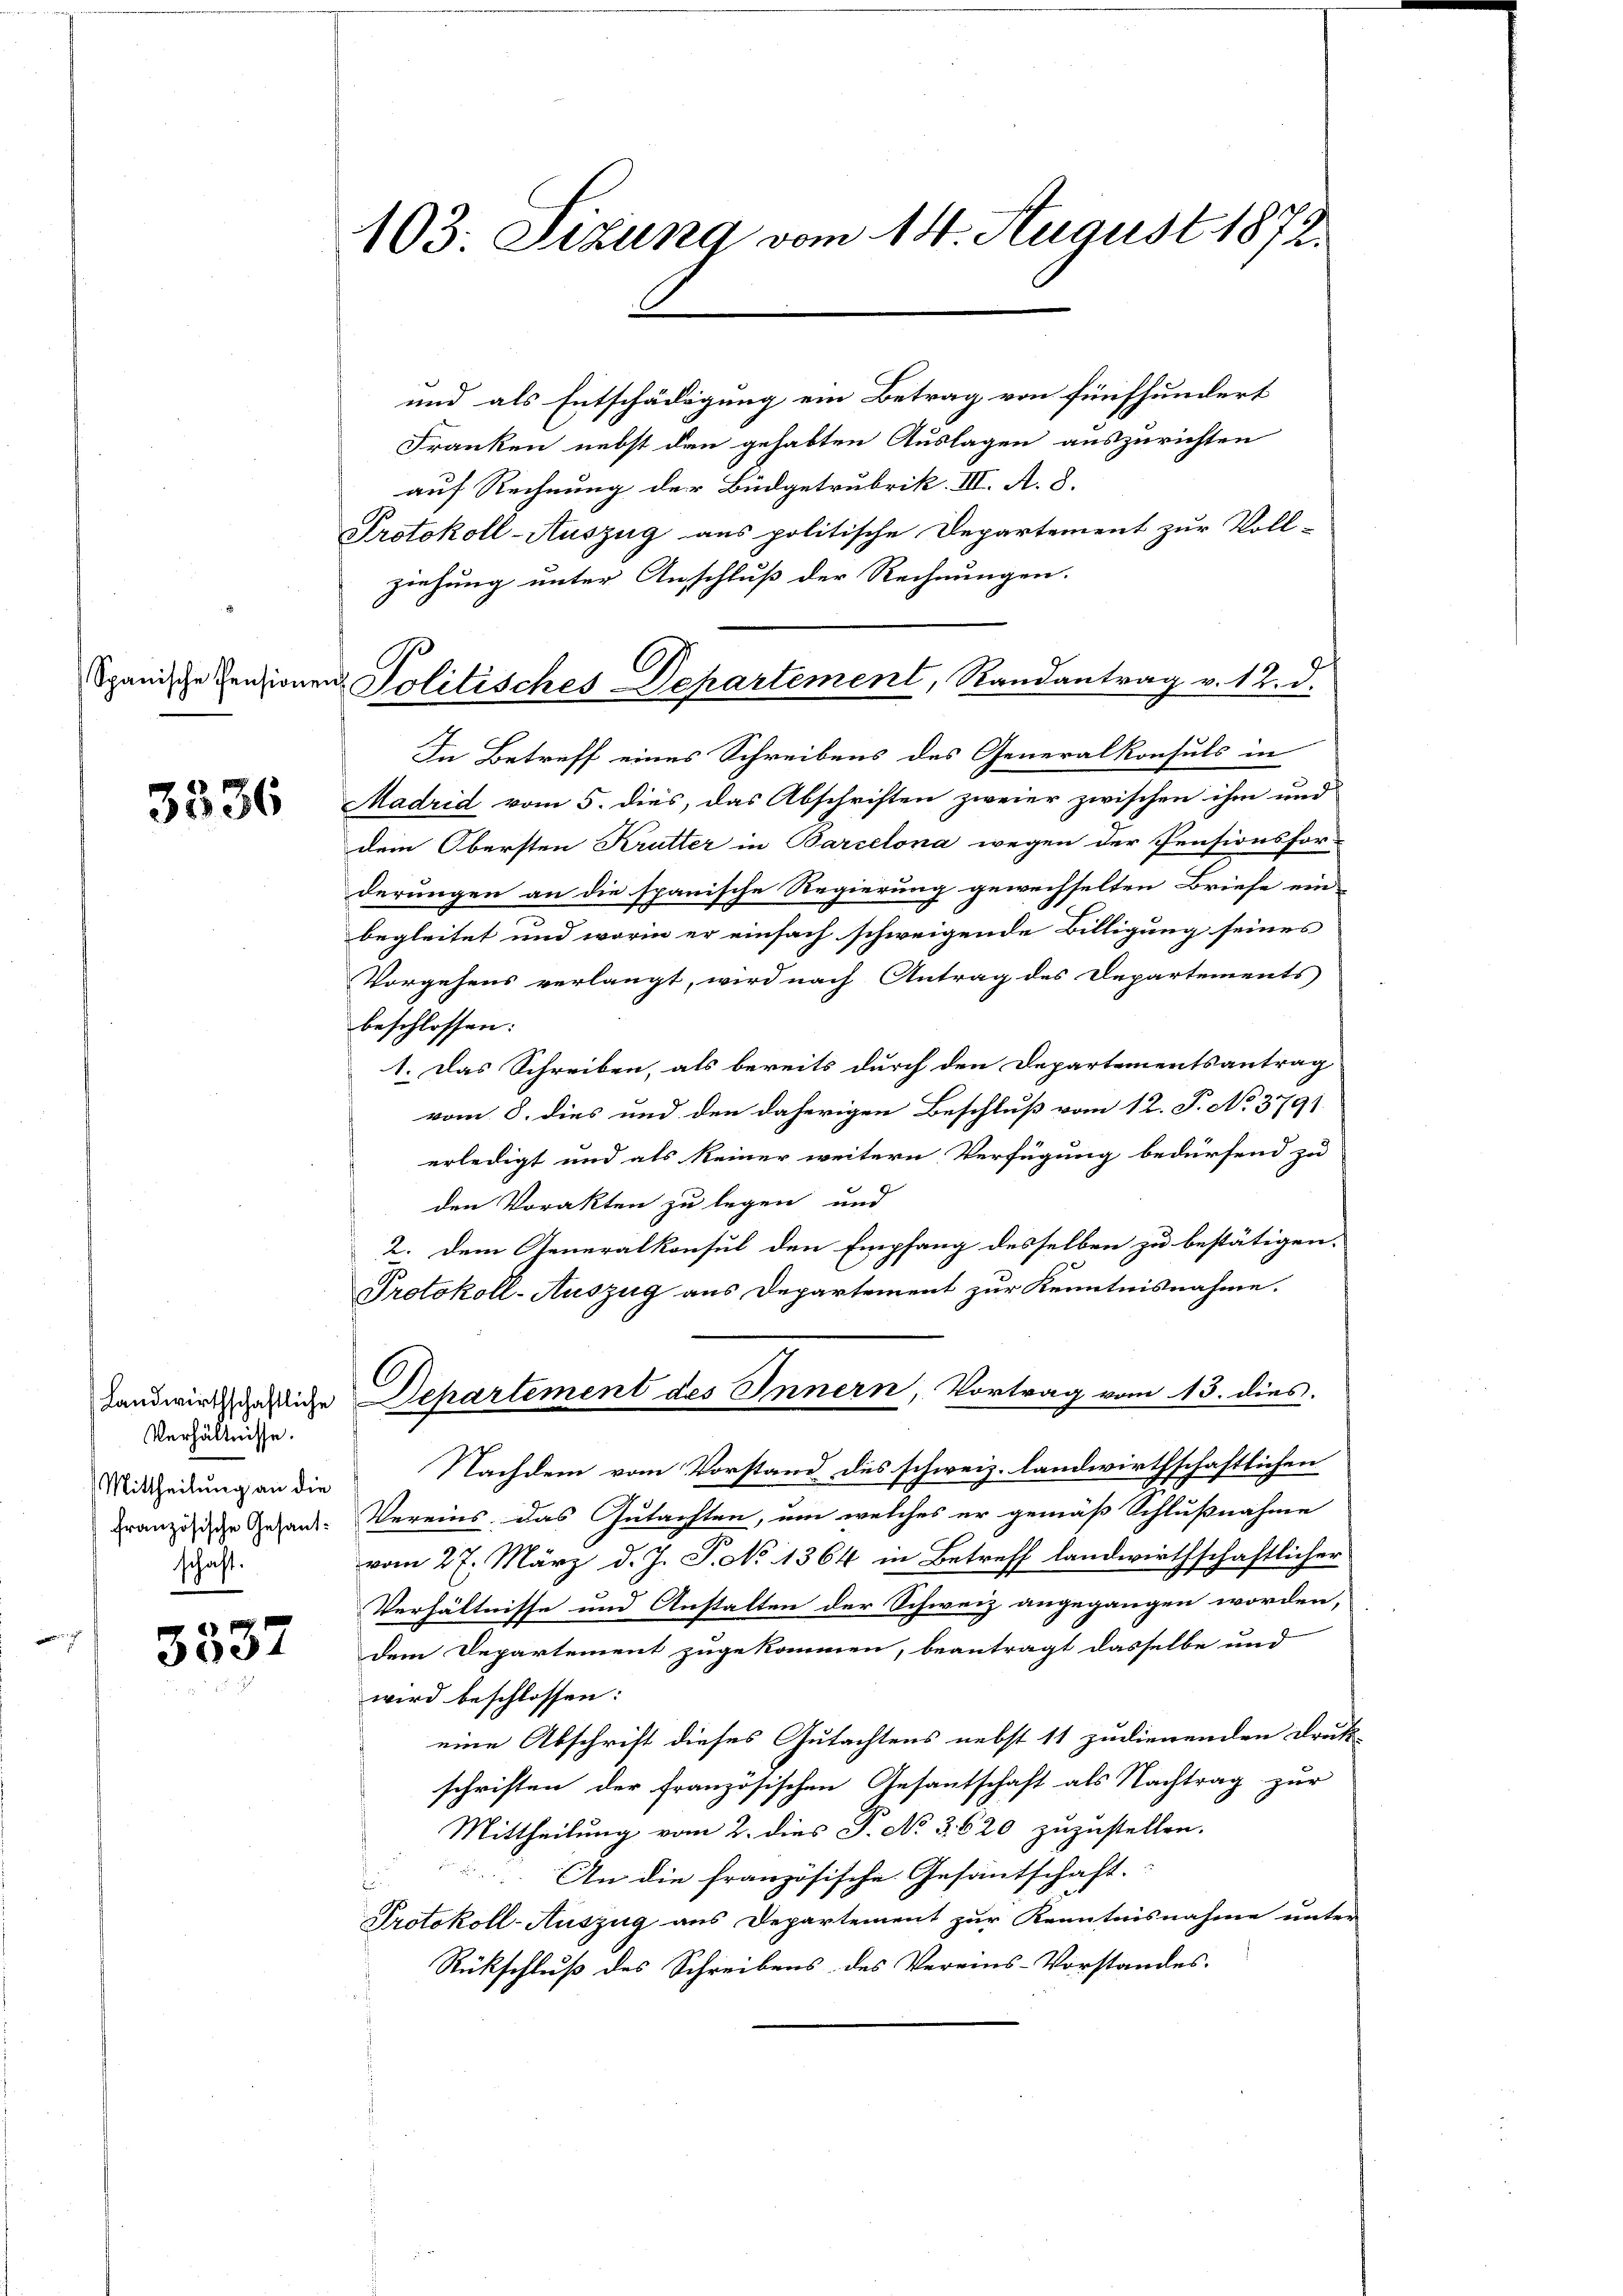
3536

Verhältnisse.
Mittheilung an die
schaft.

3537

103. Setzung vom 14. August 1873.

Spanische Pensionen Politisches Departement, Randantrag v. 12. d.

und als Entschädigung ein Betrag von fünfhundert
Franken nebst den gehabten Auslagen auszurichten
auf Rechnung der Büdgetrubrik. III. A. 8.
Protokoll-Auszug aus politische Departement zur Voll-
ziehung unter Anschluß der Rechnungen.
In Betreff eines Schreibens des Generalkonsuls in
Madrid vom 5. dies, das Abschriften zweier zwischen ihm und
dem Obersten Krutter in Barcelona wegen der Pensionsfor-
derungen an die spanische Regierung gewechselten Briefe ein-
begleitet und worin er einfach schweigende Billigung seines
Vorgehens verlangt, wird nach Antrag des Departements
beschlossen:
1. Das Schreiben, als bereits durch den Departementsantrag
vom 8. dies und den daherigen Beschluß vom 12. P. No 3791.
erledigt und als keiner weitern Verfügung bedürfend zu
den Vorakten zu legen und
2. Dem Generalkonsul den Empfang desselben zu bestätigen.
Protokoll-Auszug aus Departement zur Kenntnisnahme.
Landwirtheilige Departement des Innern, Vortrag vom 13. dies
Nachdem vom Vorstand des schweiz. landwirthschaftlichen
französische Gesand. Vereins, das Gutachten, um welches er gemäß Schlußnahme
vom 27. März d. J. P. No 1364 in Betreff landwirthschaftlicher
Verhältnisse und Anstalten der Schweiz angegangen worden,
dem Departement zugekommen, beantragt dasselbe und
wird beschlossen:
eine Abschrift dieses Gutachtens nebst 11 zudienenden Druk-
schriften der französischen Gesantschaft als Nachtrag zur
Mittheilung vom 2. dies P. No. 3620 zuzustellen.
An die französische Gesantschaft.
Protokoll-Auszug aus Departement zur Kenntnisnahme unter
Rückschluß des Schreibens des Vereins-Vorstandes.